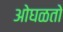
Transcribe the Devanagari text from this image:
ओघळतो